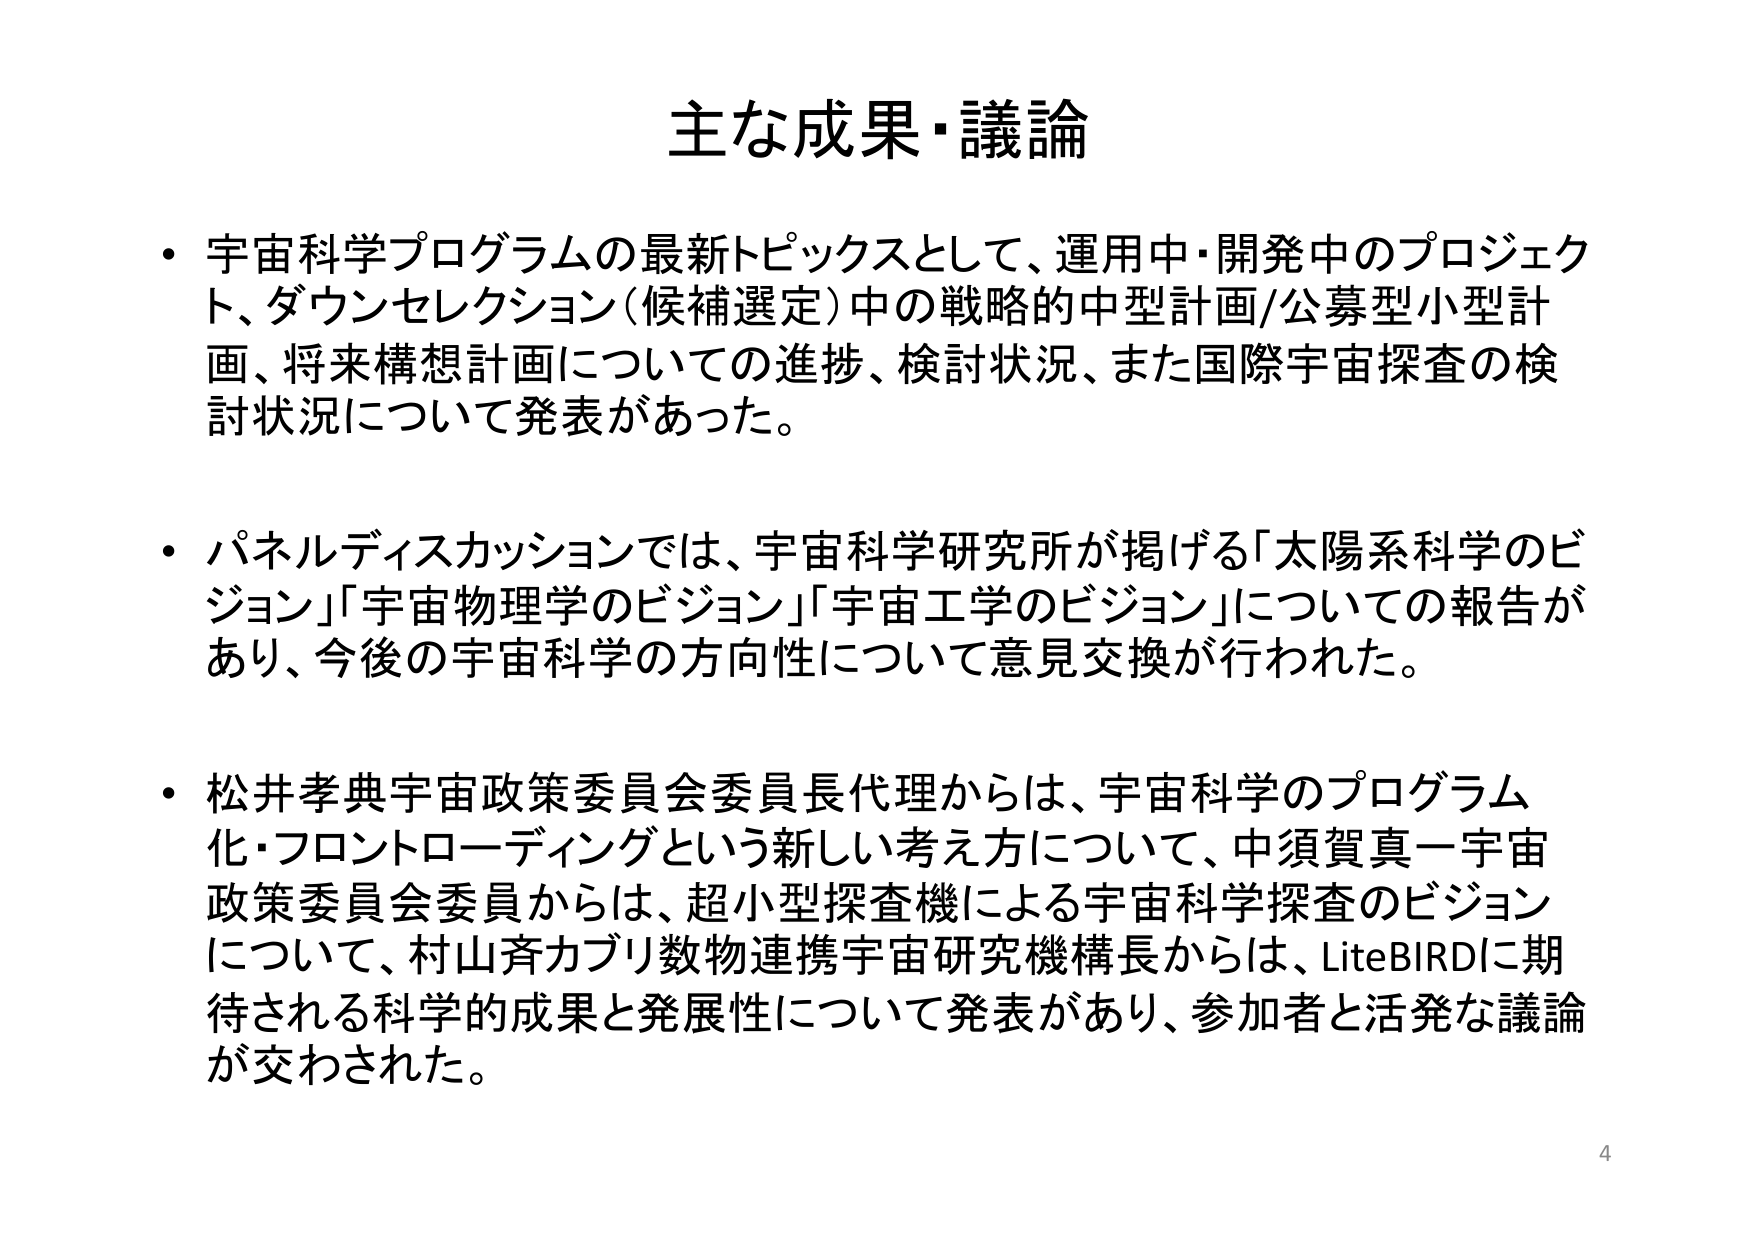
主な成果・議論

・宇宙科学プログラムの最新トピックスとして、運用中・開発中のプロジェクト、ダウンセレクション（候補選定）中の戦略的中型計画/公募型小型計画、将来構想計画についての進捗、検討状況、また国際宇宙探査の検討状況について発表があった。

・パネルディスカッションでは、宇宙科学研究所が掲げる「太陽系科学のビジョン」「宇宙物理学のビジョン」「宇宙工学のビジョン」についての報告があり、今後の宇宙科学の方向性について意見交換が行われた。

・松井孝典宇宙政策委員会委員長代理からは、宇宙科学のプログラム化・フロントローディングという新しい考え方について、中須賀真一宇宙政策委員会委員からは、超小型探査機による宇宙科学探査のビジョンについて、村山斉カブリ数物連携宇宙研究機構長からは、LiteBIRDに期待される科学的成果と発展性について発表があり、参加者と活発な議論が交わされた。

4